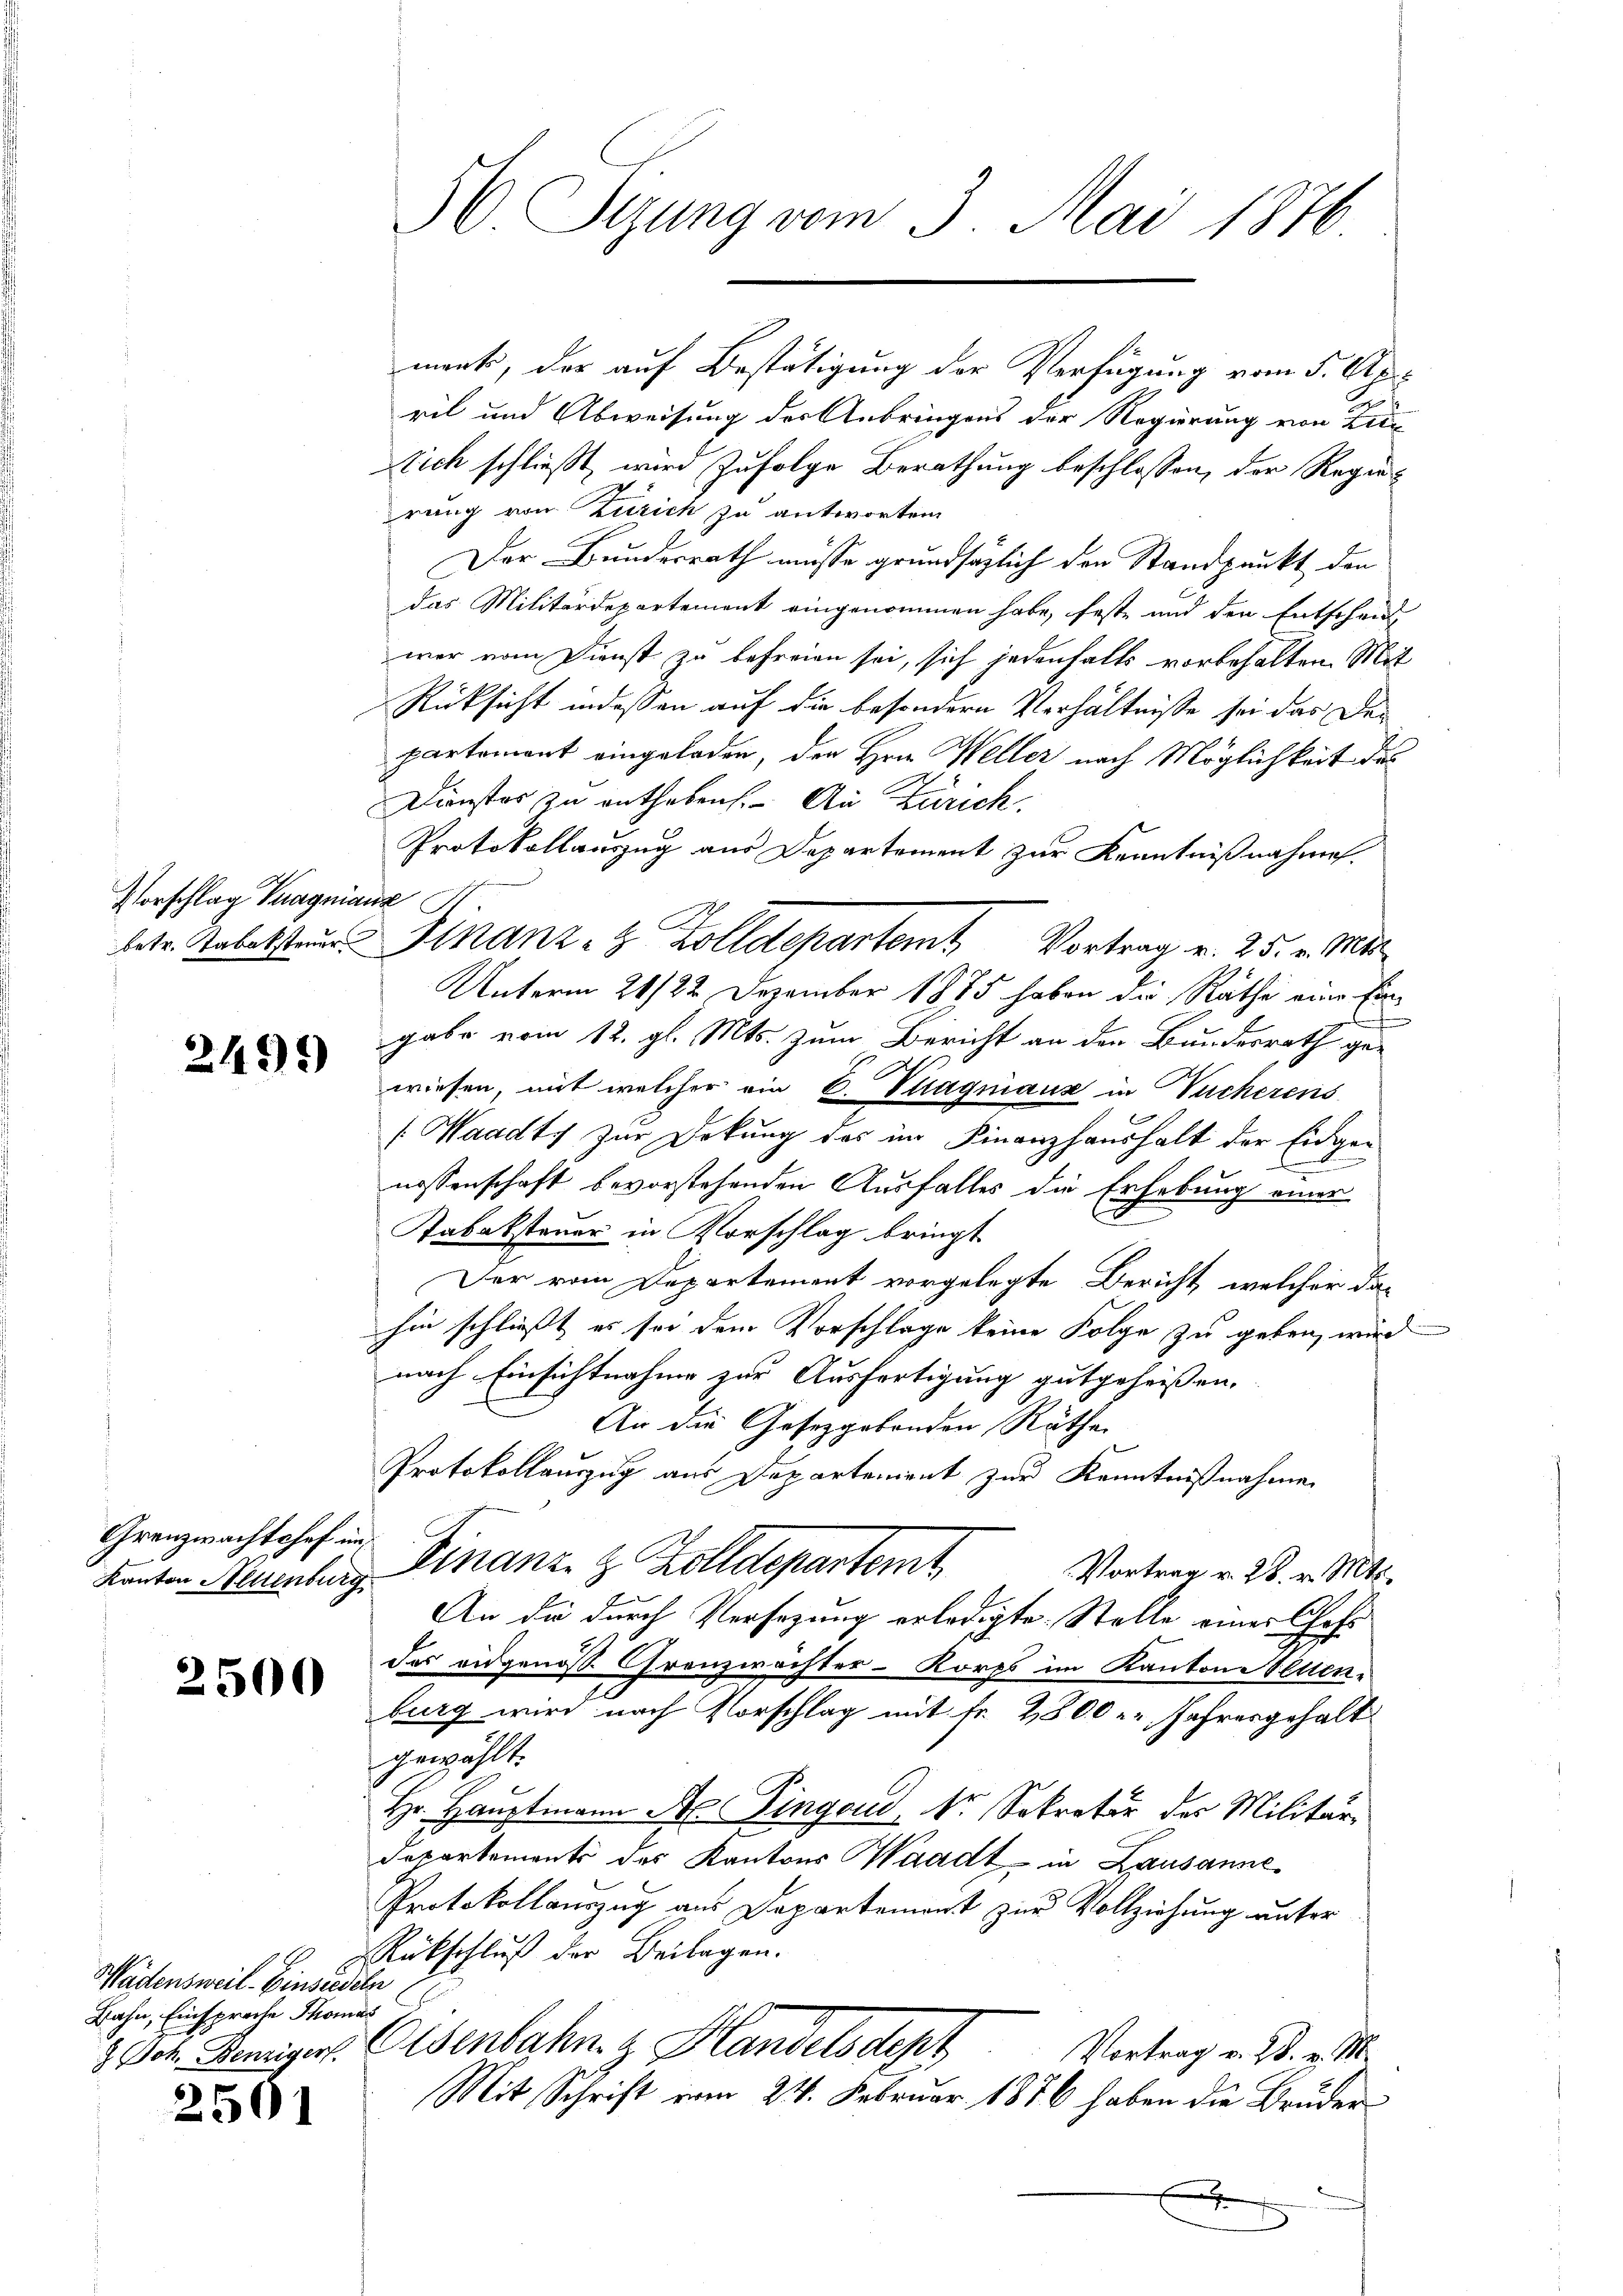
Vorschlag Puagnianz

2495)

Grenzwachtshof im

2500

Wädensweil–Einsiedeln
Bahn, Einsprache Thomas
. Joh. Benziger

2501

56 Sizung vom 3. Mai 1876

ment, der auf Bestätigung der Verfügung vom 5. Apr
ril und Abweisung des Anbringens der Regierung von Zür
Stich schließt, wird zufolge Berathung beschlossen, der Regierung von Zürich zu antworten
Der Bundesrath müsse grundsätzlich den Standpunkt den
das Militärdepartement eingenommen habe, feste und den Entscheid
war vom Dienst zu befreien sei, sich jedenfalls vorbehalten. Mit
Rücksicht indessen auf die besondern Verhältnisse sei das Departement eingeladen, den Hrn. Weller nach Möglichkeit des
2
Dienstes zu entheben. An Zürich.
Protokollauszug aus Departement zur Kenntnißnahmen.
betr. Tabelsteur Finanz- & Zolldepartem Vortrag v. 25. v. Mit
Unterm 21/22. Dezember 1875 haben die Räthe eine Eingabe vom 12. gl. Mts. zum Bericht an den Bundesrath gewiesen, mit welcher ein C. Phagniaux in Wucherens
[Waadt zur Deckung des im Finanzhaushalt der Eidgen
E
nossenschaft bevorstehenden Ausfalles die Erhebung einer
Tabaksteuer in Vorschlag bringt
Der vom Departement vorgelegte Bericht, welcher da-
hin schließt es sei dem Vorschlage keine Folge zu geben, wird
nach Einsichtnahme zur Ausfertigung gutgeheißen,
An die Gesetzgebenden Räthe
Protokollauszug aus Departement zur Kenntnißnahme
Kanton Neuenburg Finanz- & Zolldepartemt
Vortrag v. 28. v. Mts.
An die durch Versezung erledigte Stelle einer Chofs
des eidgenoß Granzwachter-Korps im Kantons Vetten-
burg wird nach Vorschlag mit Fr. 2800 - Jahresgehalt
gewählt:
Hr. Hauptmann A. Dingend, Dr. Sekretär der Militär¬
Departements des Kantons Waadt in Lausanne
Protokollauszug aus Departement zur Vollziehung unfer
RRückschluß der Beilagen.
Osenbahn z. Handelsdept
Vortrag v. 28. v. M.
Mit Schrift vom 24. Februar 1876 haben die Bruder
.